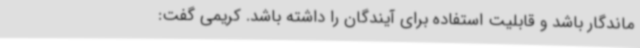
ماندگار باشد و قابلیت استفاده برای آیندگان را داشته باشد. کریمی گفت: